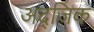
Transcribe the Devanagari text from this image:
अद्जिक